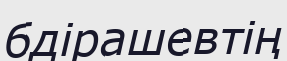
бдірашевтің